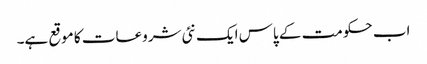
اب حکومت کے پاس ایک نئی شروعات کا موقع ہے۔